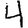
Digit: 4